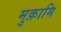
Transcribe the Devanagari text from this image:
मुक़ामि